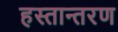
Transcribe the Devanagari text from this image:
हस्‍तान्‍तरण